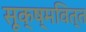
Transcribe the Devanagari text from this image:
सूक्ष्मवित्त